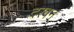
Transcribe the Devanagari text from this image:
दरवन